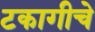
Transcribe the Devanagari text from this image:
टकागीचे